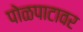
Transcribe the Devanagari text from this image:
पोळपाटावर